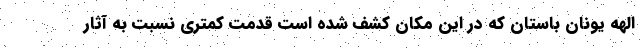
الهه یونان باستان که در این مکان کشف شده است قدمت کمتری نسبت به آثار